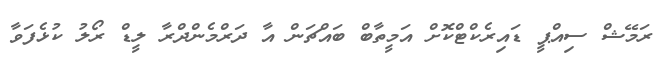
ރަމޭޝް ސިއްޕީ ޑައިރެކްޓްކޮށް އަމީތާބް ބައްޗަން އާ ދަރްމެންދްރާ ލީޑް ރޯލު ކުޅެފަވާ